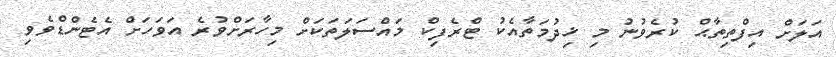
އަލަށް އިފްތިތާޙް ކުރެވުނު މި ޚިދުމަތާއެކު ޓްރެފިކް މައްސަލަތަކަށް މިހާރަށްވުރެ އަވަހަށް އެޓެންޑްވެވި